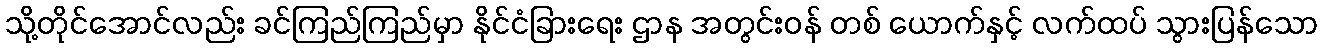
သို့တိုင်အောင်လည်း ခင်ကြည်ကြည်မှာ နိုင်ငံခြားရေး ဌာန အတွင်းဝန် တစ် ယောက်နှင့် လက်ထပ် သွားပြန်သော